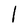
Character: 1